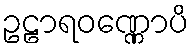
ဥဠာရဝဏ္ဏောပိ